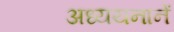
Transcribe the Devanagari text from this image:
अध्ययनानें